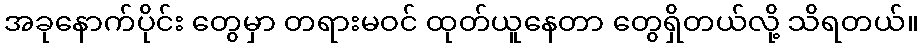
အခုနောက်ပိုင်း တွေမှာ တရားမဝင် ထုတ်ယူနေတာ တွေရှိတယ်လို့ သိရတယ်။